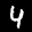
Label: 4